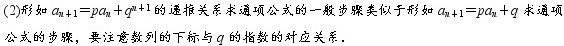
(2)形如$a_{n + 1} = pa_{n} + q^{n + 1}$的递推关系求通项公式的一般步骤类似于形如$a_{n + 1} = pa_{n} + q$求通项公式的步骤，要注意数列的下标与$q$的指数的对应关系.